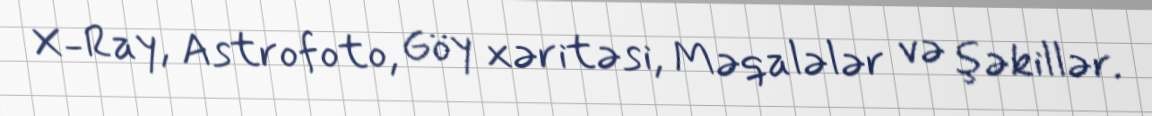
X-Ray, Astrofoto, Göy xəritəsi, Məqalələr və şəkillər.